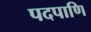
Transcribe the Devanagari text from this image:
पदपाणि